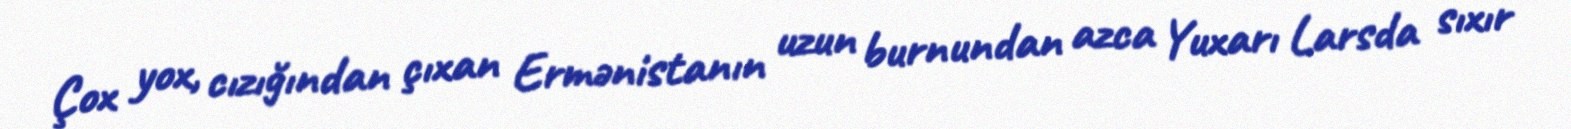
Çox yox, cızığından çıxan Ermənistanın uzun burnundan azca Yuxarı Larsda sıxır